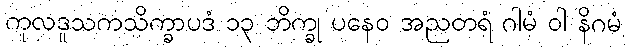
ကုလဒူသကသိက္ခာပဒံ ၁၃ ဘိက္ခု ပနေဝ အညတရံ ဂါမံ ဝါ နိဂမံ